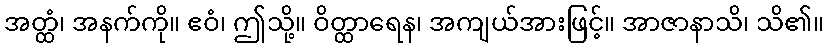
အတ္ထံ၊ အနက်ကို။ ဧဝံ၊ ဤသို့။ ဝိတ္ထာရေန၊ အကျယ်အားဖြင့်။ အာဇာနာသိ၊ သိ၏။